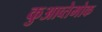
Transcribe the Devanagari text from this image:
कुआव्तेमोक